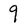
Character: 9